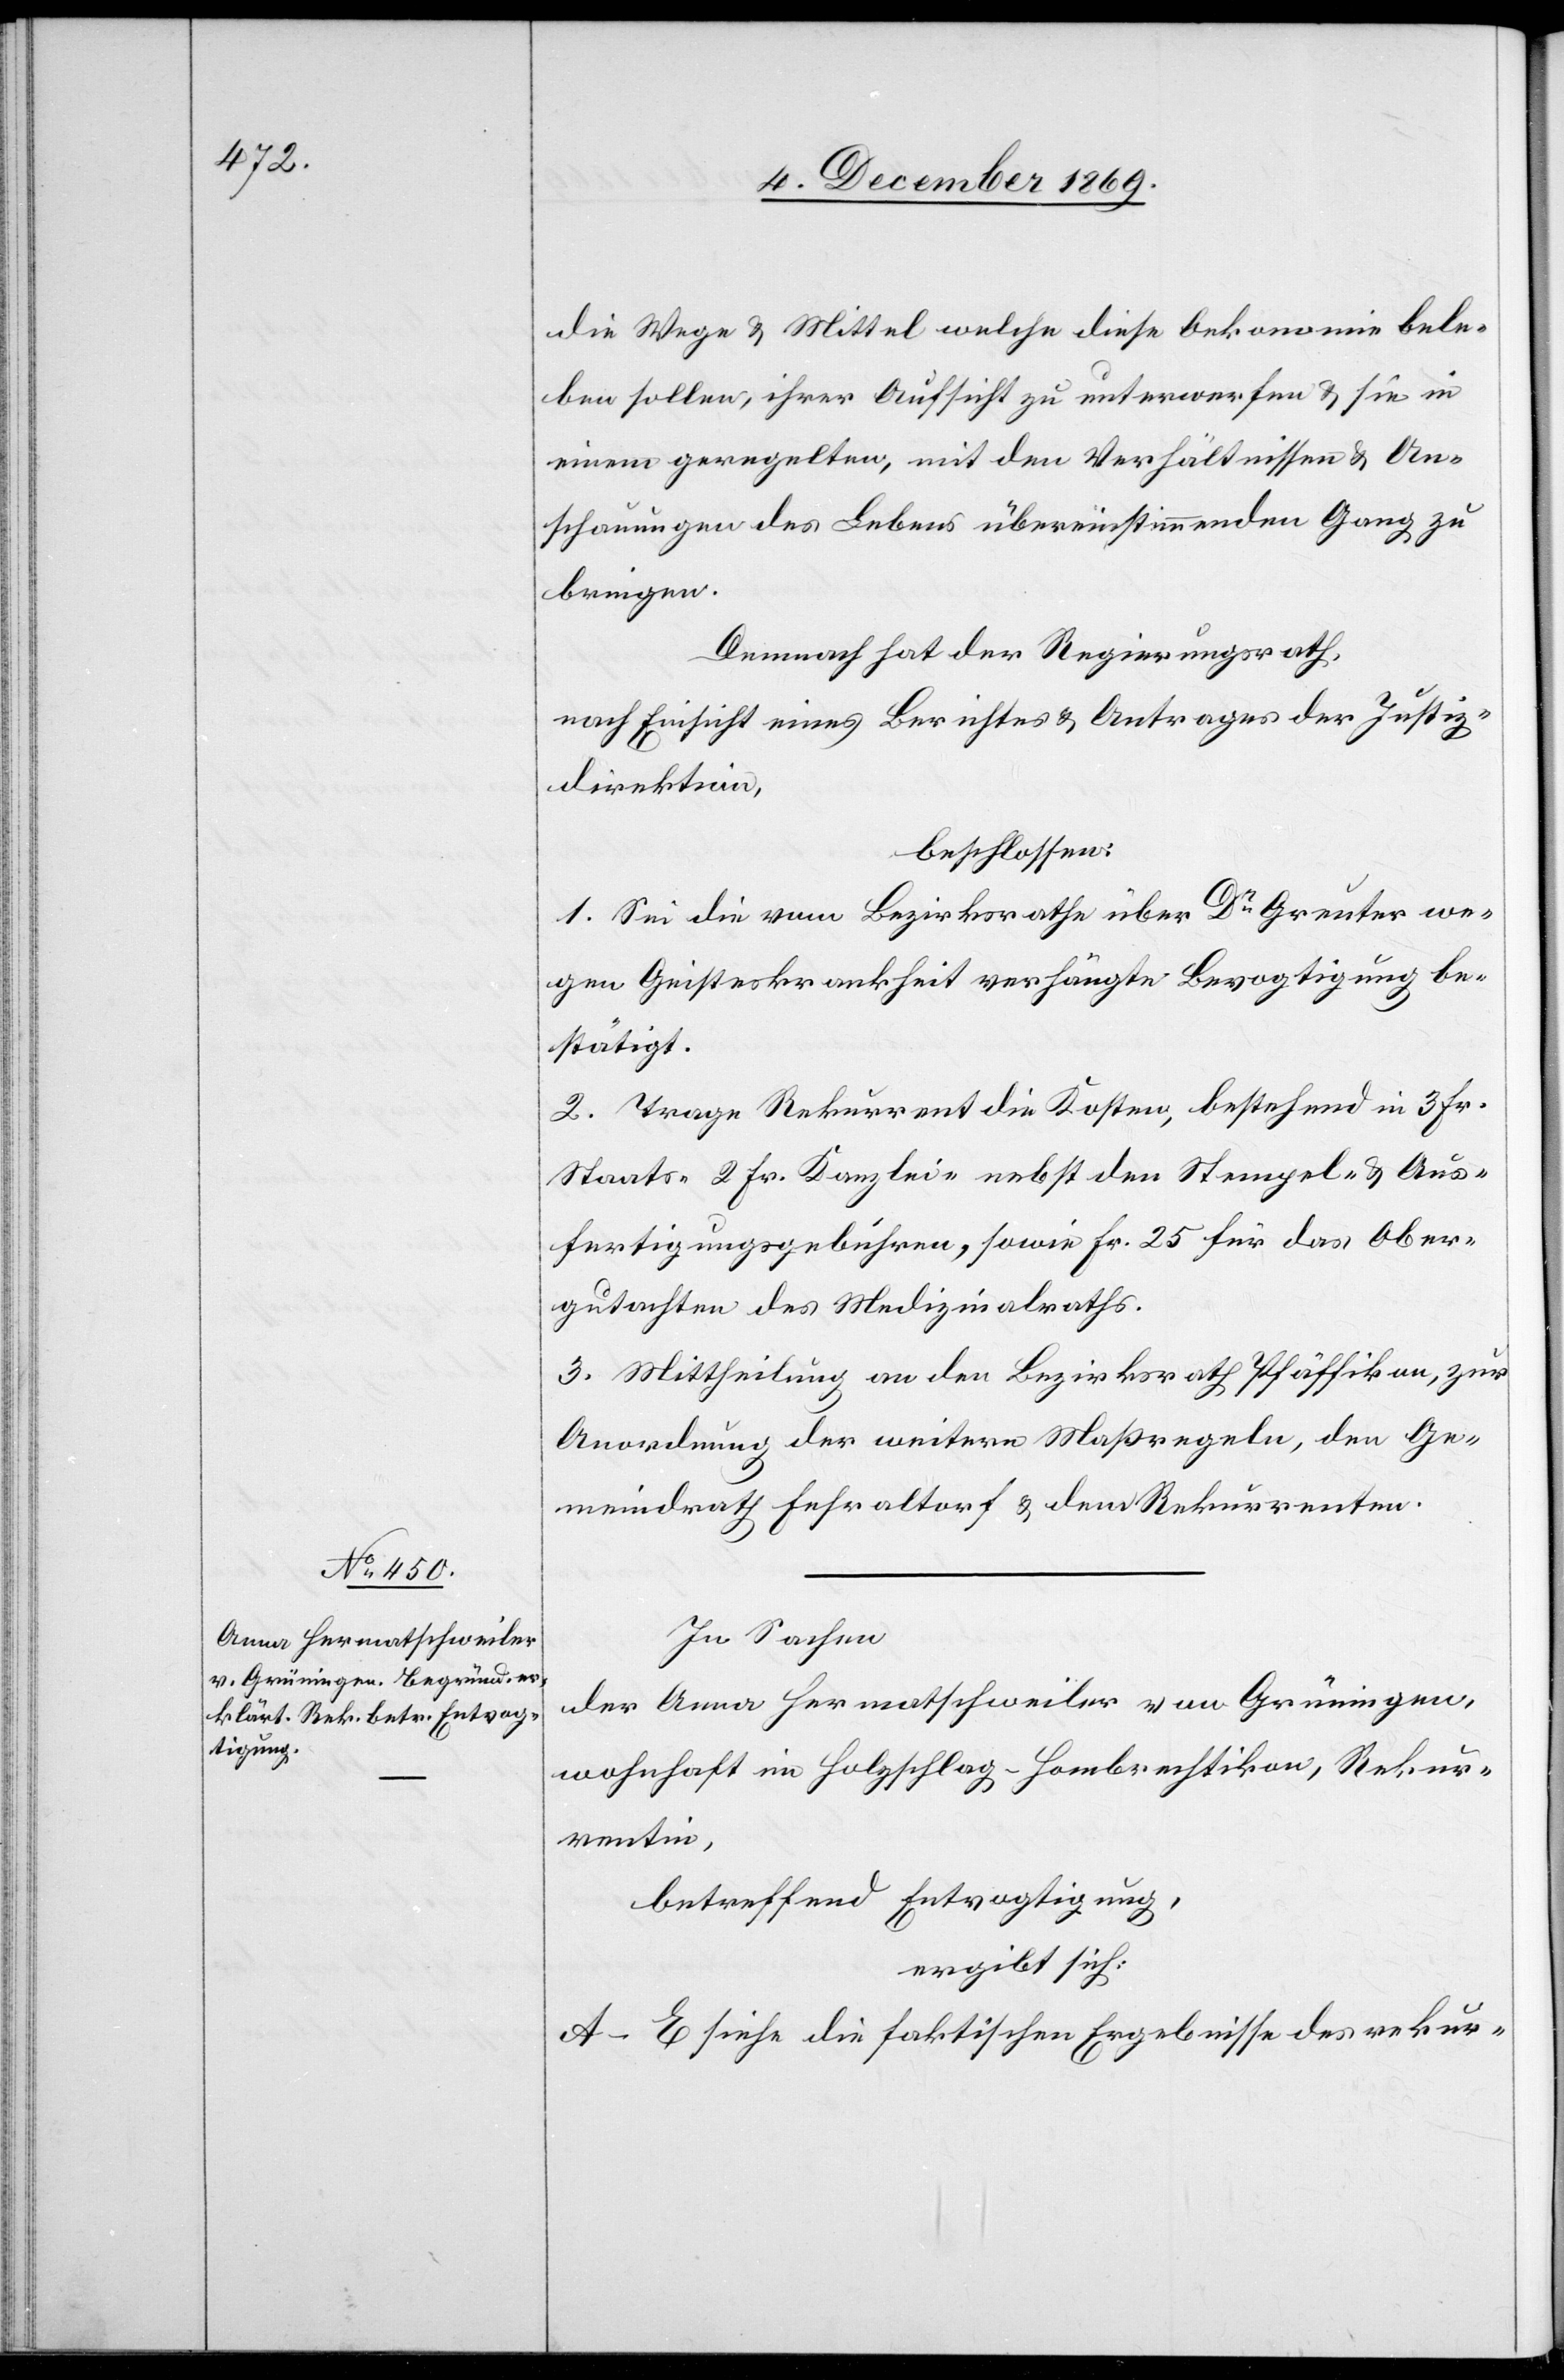
die Wege & Mittel welche diese Oekonomie bele¬
ben sollen, ihrer Aufsicht zu unterwerfen & sie in
einem geregelten, mit den Verhältnissen & An¬
schauungen des Lebens übereinstimmenden Gang zu
bringen.
Demnach hat der Regierungsrath,
nach Einsicht eines Berichtes & Antrages der Justiz¬
direktion,
beschlossen:
1. Sei die vom Bezirksrathe über Dr Greuter we¬
gen Geisteskrankheit verhängte Bevogtigung be¬
stätigt.
2. Trage Rekurrent die Kosten, bestehend in 3 Fr.
Staats-[,] 2 Fr. Kanzlei-[,] nebst den Stempel- & Aus¬
fertigungsgebühren, sowie Fr. 25 für das Ober¬
gutachten des Medizinalraths.
3. Mittheilung an den Bezirksrath Pfäffikon, zur
Anordnung der weitern Maßregeln, den Ge¬
meindrath Fehraltorf & dem Rekurrenten.
In Sachen
der Anna Hermatschweiler von Grüningen,
wohnhaft im Holzschlag - Hombrechtikon, Rekur¬
rentin,
betreffend Entvogtigung,
ergibt sich:
A–E siehe die faktischen Ergebnisse des rekur-